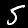
Digit: 5